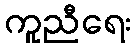
ကူညီရေး